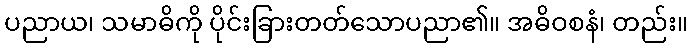
ပညာယ၊ သမာဓိကို ပိုင်းခြားတတ်သောပညာ၏။ အဓိဝစနံ၊ တည်း။